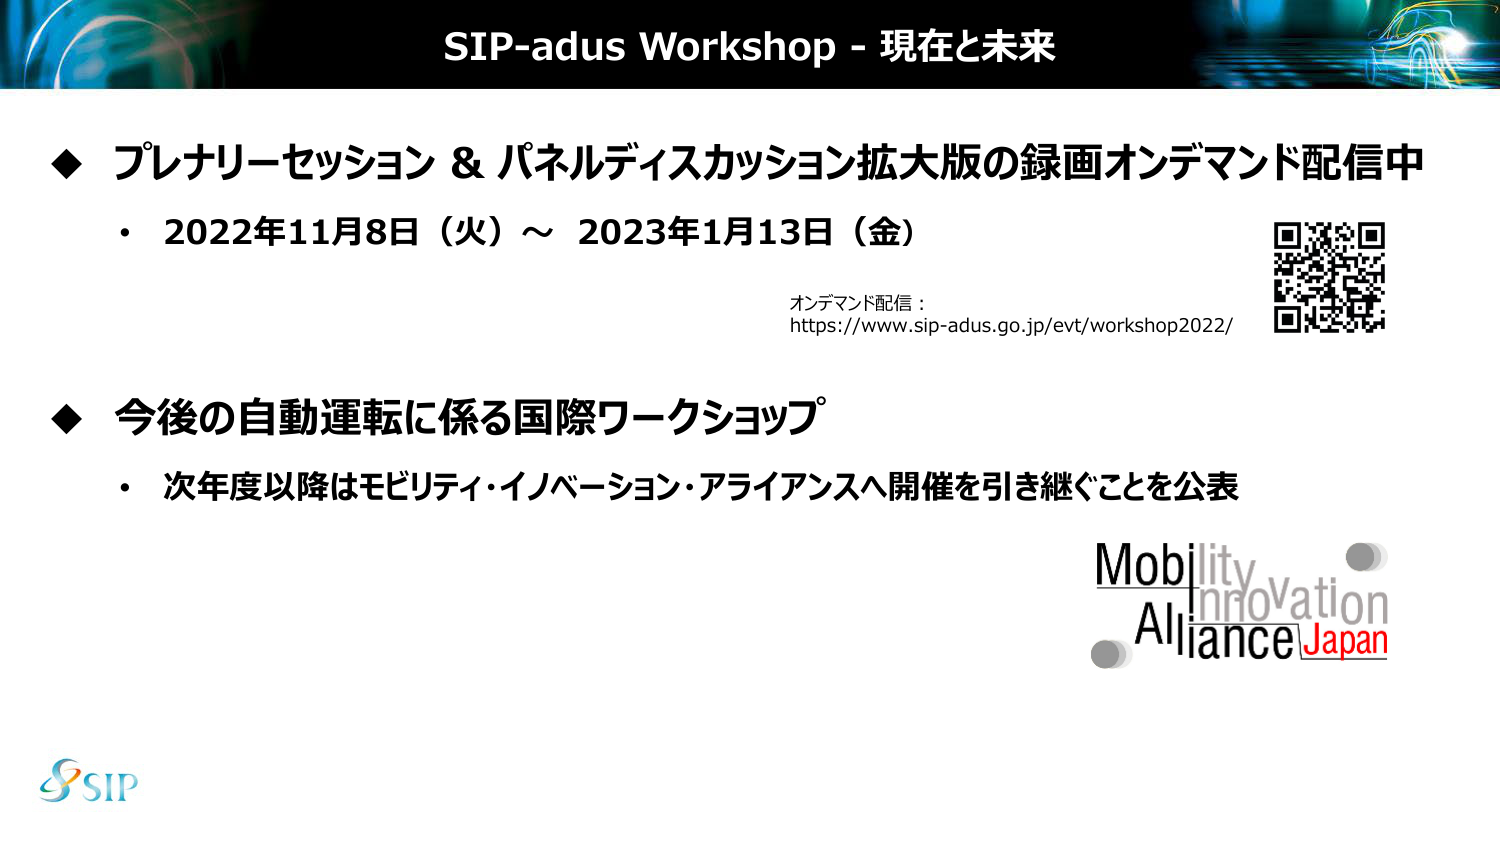
SIP-adus Workshop - 現在と未来

◆ プレナリーセッション & パネルディスカッション拡大版の録画オンデマンド配信中
・ 2022年11月8日（火）～ 2023年1月13日（金）
オンデマンド配信：
https://www.sip-adus.go.jp/evt/workshop2022/

◆ 今後の自動運転に係る国際ワークショップ
・ 次年度以降はモビリティ・イノベーション・アライアンスへ開催を引き継ぐことを公表

Mobility
Innovation
Alliance Japan

SIP